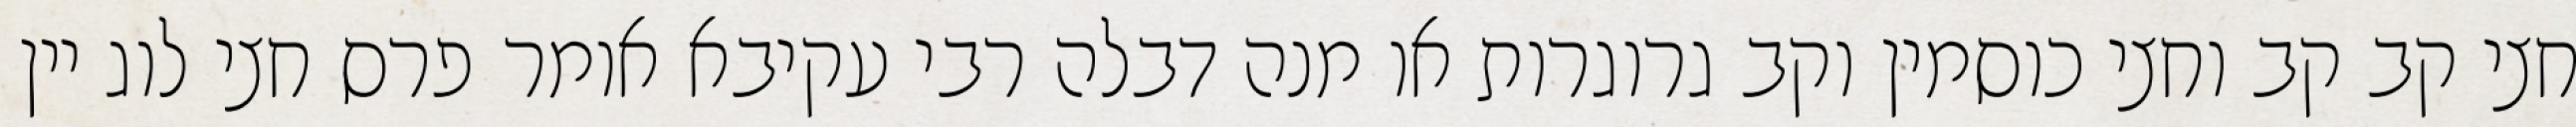
חצי קב קב וחצי כוסמין וקב גרוגרות או מנה דבלה רבי עקיבא אומר פרס חצי לוג יין